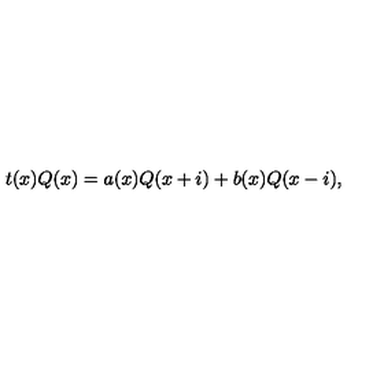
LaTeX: t ( x ) Q ( x ) = a ( x ) Q ( x + i ) + b ( x ) Q ( x - i ) ,